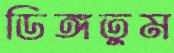
ডিঙ্গতুম